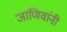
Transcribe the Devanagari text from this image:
जाणिवांनी